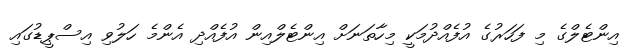
އިންޓެލްގެ މި ފަހަރުގެ އުފެއްދުމަކީ މިހާތަނަށް އިންޓެލްއިން އުފެއްދި އެންމެ ހަލުވި އިސްޕީޑުގައި